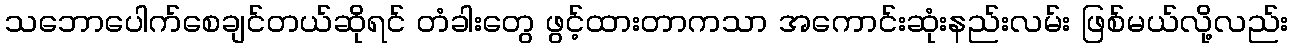
သဘောပေါက်စေချင်တယ်ဆိုရင် တံခါးတွေ ဖွင့်ထားတာကသာ အကောင်းဆုံးနည်းလမ်း ဖြစ်မယ်လို့လည်း